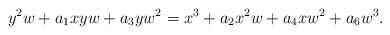
LaTeX: \begin{align*}y^2 w + a_1 xyw + a_3 y w^2=x^3 + a_2 x^2 w + a_4 xw^2 +a_6 w^3.\end{align*}